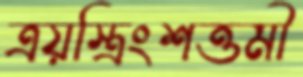
ত্রয়স্ত্রিংশত্তমী